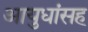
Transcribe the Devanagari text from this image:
आयुधांसह